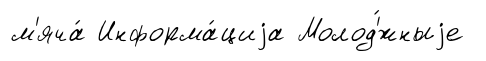
м'яча́ Информа́циjа Молод'́жныjе